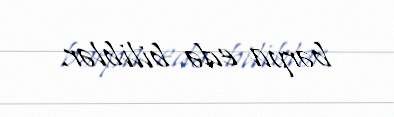
bərpa edə biliblər.